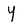
Character: Y